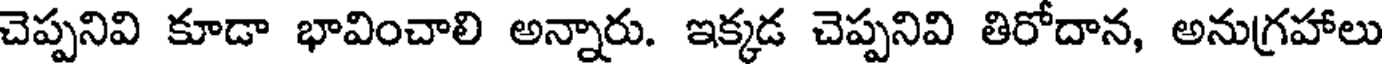
చెప్పనివి కూడా భావించాలి అన్నారు. ఇక్కడ చెప్పనివి తిరోదాన, అనుగ్రహాలు